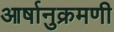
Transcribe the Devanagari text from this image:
आर्षानुक्रमणी